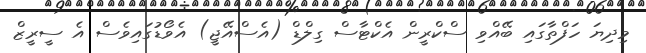
މިދިޔަ ހަފްތާގައި ބޭއްވި ސްކްރީން އެކްޓާސް ގިލްޑް (އެސްއޭޖީ) އެވޯޑުގައިވެސް އެ ސީރީޒް